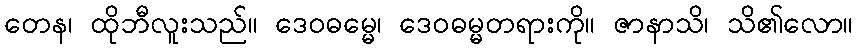
တေန၊ ထိုဘီလူးသည်။ ဒေဝဓမ္မေ၊ ဒေဝဓမ္မတရားကို။ ဇာနာသိ၊ သိ၏လော။